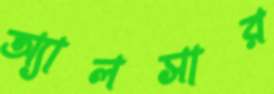
অ্যালসার